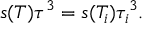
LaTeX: s ( T ) \tau ^ { 3 } = s ( T _ { i } ) \tau _ { i } ^ { 3 } .